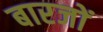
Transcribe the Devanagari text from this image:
बारजों